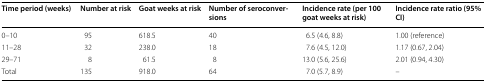
<table><thead><tr><td><b>Time period (weeks)</b></td><td><b>Number at risk</b></td><td><b>Goat weeks at risk</b></td><td><b>Number of seroconversions</b></td><td><b>Incidence rate (per 100 goat weeks at risk)</b></td><td><b>Incidence rate ratio (95% CI)</b></td></tr></thead><tbody><tr><td>0–10</td><td>95</td><td>618.5</td><td>40</td><td>6.5 (4.6, 8.8)</td><td>1.00 (reference)</td></tr><tr><td>11–28</td><td>32</td><td>238.0</td><td>18</td><td>7.6 (4.5, 12.0)</td><td>1.17 (0.67, 2.04)</td></tr><tr><td>29–71</td><td>8</td><td>61.5</td><td>8</td><td>13.0 (5.6, 25.6)</td><td>2.01 (0.94, 4.30)</td></tr><tr><td>Total</td><td>135</td><td>918.0</td><td>64</td><td>7.0 (5.7, 8.9)</td><td>–</td></tr></tbody></table>